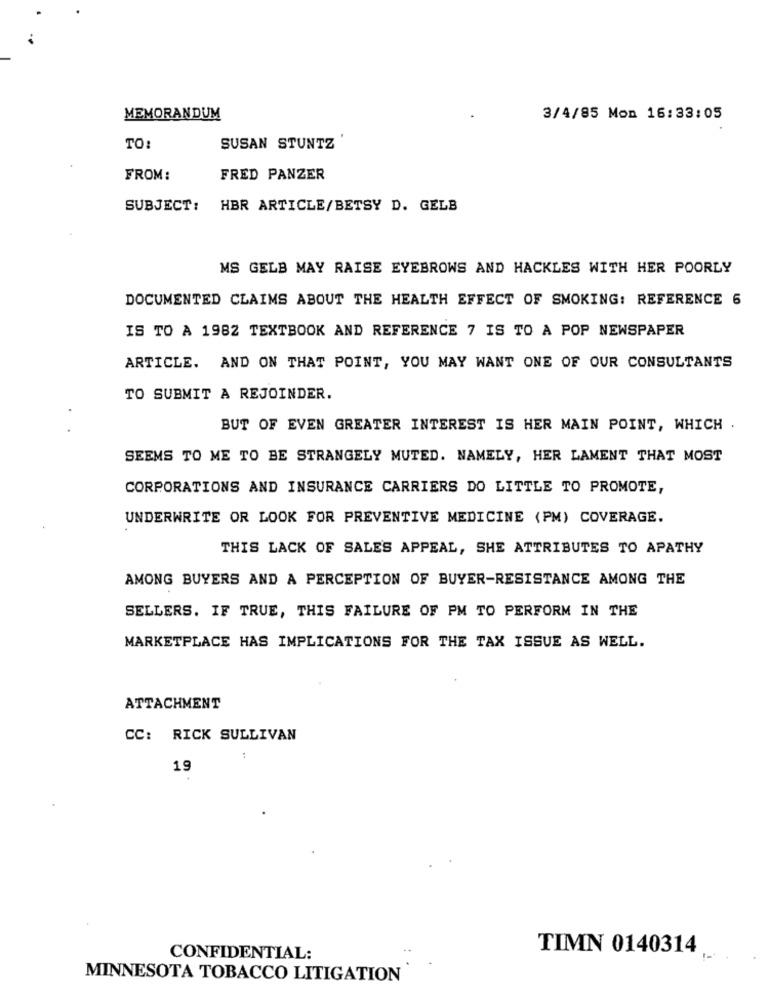
MEMORANDUM
3/4/85 Mon 16:33:05
TO
SUSAN STUNTZ
FROM:
FRED PANZER
SUBJECT:
HBR ARTICLE/BETSY D. GELB
MS GELB MAY RAISE EYEBROWS AND HACKLES WITH HER POORLY
DOCUMENTED CLAIMS ABOUT THE HEALTH EFFECT OF SMOKING: REFERENCE 6
IS TO A 1982 TEXTBOOK AND REFERENCE 7 IS TO A POP NEWSPAPER
ARTICLE. AND ON THAT POINT, YOU MAY WANT ONE OF OUR CONSULTANTS
TO SUBMIT A REJOINDER.
BUT OF EVEN GREATER INTEREST IS HER MAIN POINT, WHICH .
SEEMS TO ME TO BE STRANGELY MUTED. NAMELY, HER LAMENT THAT MOST
CORPORATIONS AND INSURANCE CARRIERS DO LITTLE TO PROMOTE,
UNDERWRITE OR LOOK FOR PREVENTIVE MEDICINE (PM) COVERAGE.
THIS LACK OF SALES APPEAL, SHE ATTRIBUTES TO APATHY
AMONG BUYERS AND A PERCEPTION OF BUYER-RESISTANCE AMONG THE
SELLERS. IF TRUE, THIS FAILURE OF PM TO PERFORM IN THE
MARKETPLACE HAS IMPLICATIONS FOR THE TAX ISSUE AS WELL.
ATTACHMENT
CC: RICK SULLIVAN
:
19
CONFIDENTIAL:
TIMN 0140314
MINNESOTA TOBACCO LITIGATION